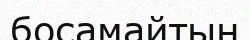
босамайтын